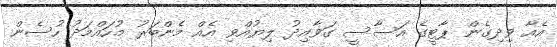
އެއާ ވިދިގެން ޕާޓީގެ އަސާސީ ގަވާއިދު ލިޔުއްވި އެއް މެންބަރު މުހައްމަދު ހުސެން